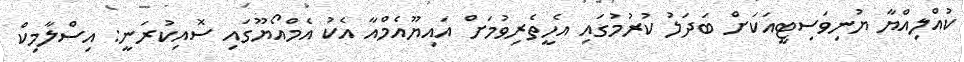
ކުއްލިއްޔާ ޔުނިވަސިޓީއަކަށް ބަދަލު ކުރުމުގައި އެހީތެރިވުމަށް އައިޔޫއެމްއާ އެކު އެމްއޯޔޫގައި ސޮއިކުރަނީ: އިސްލާމިކް